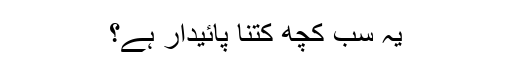
یہ سب کچھ کتنا پائیدار ہے؟